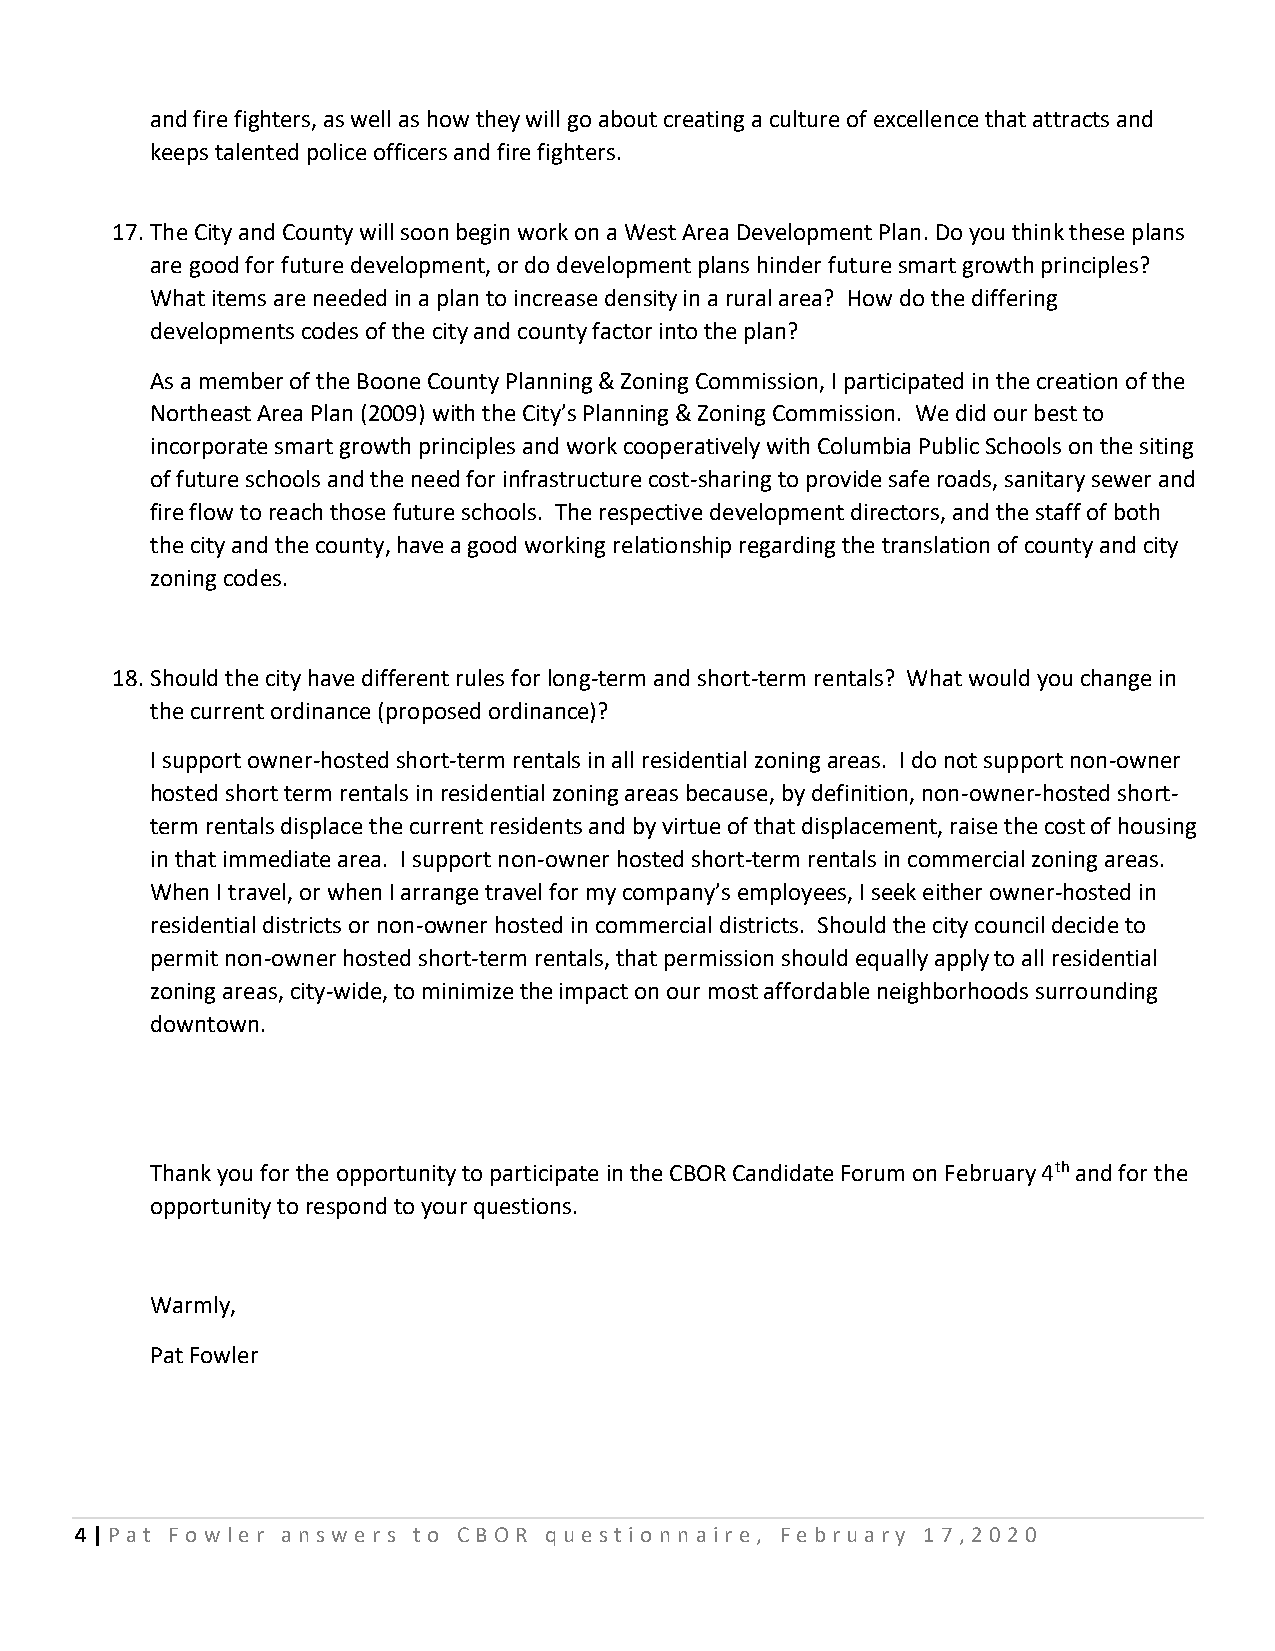
and fire fighters, as well as how they will go about creating a culture of excellence that attracts and
 keeps talented police officers and fire fighters.
 17. The City and County will soon begin work on a West Area Development Plan. Do you think these plans
 are good for future development, or do development plans hinder future smart growth principles?
 What items are needed in a plan to increase density in a rural area? How do the differing
 developments codes of the city and county factor into the plan?
 As a member of the Boone County Planning & Zoning Commission, I participated in the creation of the
 Northeast Area Plan (2009) with the City’s Planning & Zoning Commission. We did our best to
 incorporate smart growth principles and work cooperatively with Columbia Public Schools on the siting
 of future schools and the need for infrastructure cost-sharing to provide safe roads, sanitary sewer and
 fire flow to reach those future schools. The respective development directors, and the staff of both
 the city and the county, have a good working relationship regarding the translation of county and city
 zoning codes.
 18. Should the city have different rules for long-term and short-term rentals? What would you change in
 the current ordinance (proposed ordinance)?
 I support owner-hosted short-term rentals in all residential zoning areas. I do not support non-owner
 hosted short term rentals in residential zoning areas because, by definition, non-owner-hosted short-
 term rentals displace the current residents and by virtue of that displacement, raise the cost of housing
 in that immediate area. I support non-owner hosted short-term rentals in commercial zoning areas.
 When I travel, or when I arrange travel for my company’s employees, I seek either owner-hosted in
 residential districts or non-owner hosted in commercial districts. Should the city council decide to
 permit non-owner hosted short-term rentals, that permission should equally apply to all residential
 zoning areas, city-wide, to minimize the impact on our most affordable neighborhoods surrounding
 downtown.
 Thank you for the opportunity to participate in the CBOR Candidate Forum on February 4th and for the
 opportunity to respond to your questions.
 Warmly,
 Pat Fowler
 4 | P at Fo w le r answ e rs t o CBO R que st io nnaire, February 17 ,20 20